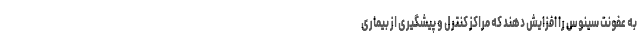
به عفونت سینوس را افزایش دهند که مراکز کنترل و پیشگیری از بیماری